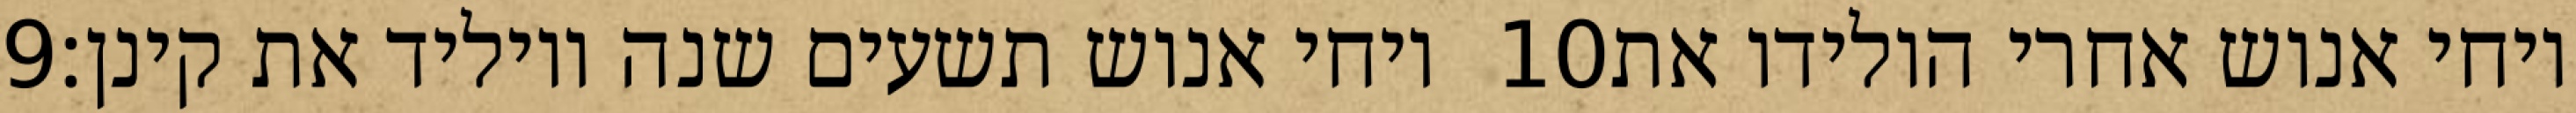
‎9‏ ויחי אנוש תשעים שנה ויוליד את קינן׃ ‎10‏ ויחי אנוש אחרי הולידו את